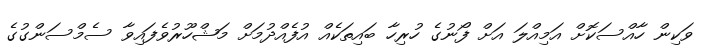
ވަކިން ހާއްސަކޮށް އަމިއްލަ އަށް ފޯނުގެ ހުރިހާ ބައިތަކެއް އުފެއްދުމަށް މަޝްހޫރުވެފައިވާ ސެމްސަންގުގެ